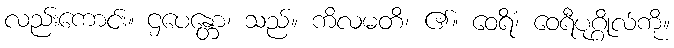
လည်းကောင်း။ ဌပေန္တော၊ သည်။ ကိလမတိ၊ ၏။ ဝေရိံ၊ ဝေရီပုဂ္ဂိုလ်ကို။